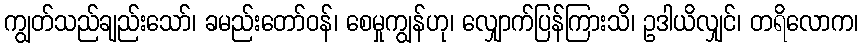
ကျွတ်သည်ချည်းသော်၊ ခမည်းတော်ဝန်၊ စေမှုကျွန်ဟု၊ လျှောက်ပြန်ကြားသိ၊ ဥဒါယိလျှင်၊ တရိလောက၊